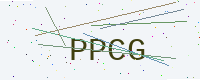
Text: PPCG